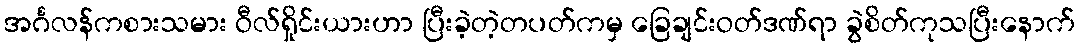
အင်္ဂလန်ကစားသမား ဝီလ်ရှိုင်းယားဟာ ပြီးခဲ့တဲ့တပတ်ကမှ ခြေချင်းဝတ်ဒဏ်ရာ ခွဲစိတ်ကုသပြီးနောက်